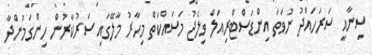
ސިނާއީ ސަރަހައްދު ނުވަތަ އިންޑަސްޓްރިއަލް ވިލެޖު މަސައްކަތް މިހާރު މާލޭގައި ސަރުކާރުން ހިންގަމުންދާ